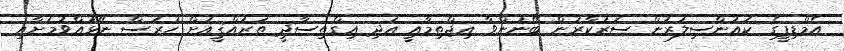
އެމްޑިޕީގެ ކައުންސިލަރުން ސަރުކާރުން ބޭނުންވާ އިޖްތިމާއީ އަދި އިގްތިސާދީ ތަރައްޤީއަށް ހުރަސް ނޭޅުއްވުމަށާއި